Indian journal of veterinary science and animal husbandry - Volume 12,
Year: 1942
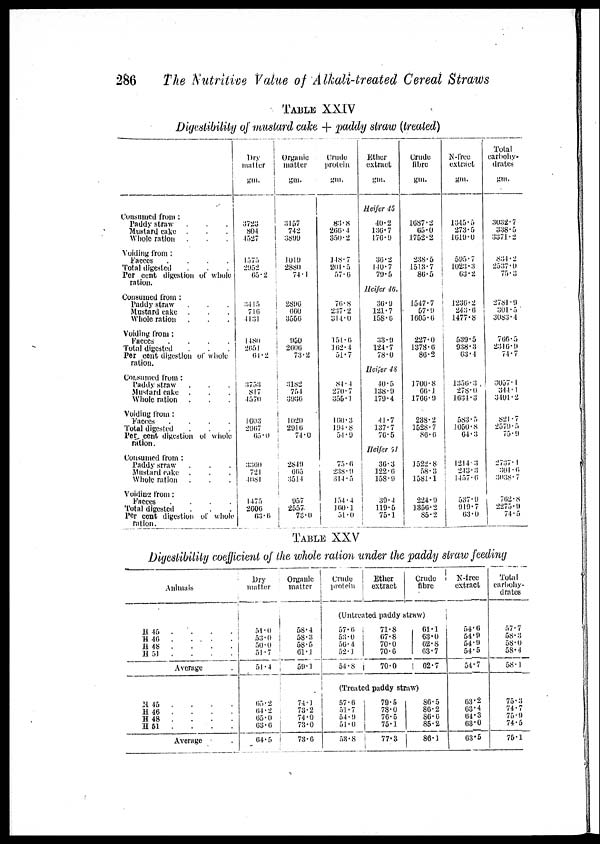
286
The Nutritive Value of Alkali-treated Cereal Straws
TABLE XXIV
Digestibility of mustard cake + paddy straw (treated)
Consumed from :
Paddy straw . . .
Mustard cake . . .
Whole ration . . .
Voiding from :
Faeces
.
.
.
.
Total digested . . .
Per cent digestion of whole
ration.
Consumed from :
Paddy straw . . .
Mustard cake . . .
Whole ration . . .
Voiding from :
Faeces
.
.
.
.
Total digested . . .
Per cent digestion of whole
ration.
Consumed from :
Paddy straw . . .
Mustard cake . . .
Whole ration . . .
Voiding from :
Faeces
.
.
.
.
Total digested . . .
Per cent digestion of whole
ration.
Consumed from :
Paddy srraw . . .
Mustard cake . . .
Whole ration . . .
Voiding from :
Faeces
.
.
.
.
Total digested . . .
Per cent digestion of whole
ration.
Dry
matter
gm.
3723
804
4527
1575
2952
65.2
3415
716
4131
1480
2651
64.2
3753
817
4570
1603
2967 65.0
3360
721
4081
1475
2606
63.6
Organic
matter
gm.
3157 742
3899
1019
2880
74.1
2896
660
3556
950
2606
73.2
3182
754
3936
1020
2916
74.0
2849
665
3514
957
2557
73.0
Crude
protein
gm.
83.8
266.4
350.2
148.7
201.5
57.6
76.8
237.2
314.0
151.6
162.4
51.7
84.4
270.7
355.1
160.3
194. 8
54.9
75.6
238.9
314.5
154.4
160.1 51.0
Ether
extract
gm.
Heifer 45
40.2
136.7
176.9
30.2
140.7
79.5
Heifer 46.
36.9
121.7
158.6
33.9
124.7
78.0
Heifer 48
40.5
138.9
179.4
41.7
137.7
76.5
Heifer 51
36.3
122.6
158.9
39.4
119.5
75.1
Crude
fibre
gm.
1687.2
65.0
1752.2
238.5
1513.7
86.5
1547.7
57.9
1605.6
227.0
1378.6
86.2
1700.8
66.1
1766.9
238.2
1528.7
80.6
1522.8
58.3
1581.1
224.9
1356.2
85.2
N-free
extract
gm.
1345.5
273.5
1619.0
595.7
1023.3
63.2
1236.2
243.6
1477.8
539.5
938.3
63.4
1356.3
278.0
1634.3
583.5
1050.8
64.3
1214.3
243.3
1457.6
537.9
919.7
63.0
Total
carbohy-
drates
gm.
3032.7
338.5
3371.2
834.2
2537.0
75.3
2781.9
301.5
3083.4
766.5
2316.9
74.7
3057.1
344.1
3401.2
821.7
2579.5
75.9
2737.1
301.6
3038.7
762.8
2275.9
74.5
TABLE XXV
Digestibility coefficient of the whole ration under the paddy straw feeding
Animals
H 45 . . . .
H 46
.
.
.
.
H 48 . . . .
H 51 . . . .
Average
H 45
. . . .
H 46
. . . .
H 48 . . . .
H 51
. . . .
Average .
Dry
matter
51.0
53.0
50.0
51.7
51.4
65.2
64.2
65.0
63.6
64.5
Organic
matter
58.4
58.3
58.5
61.1
59.1
74.1
73.2
74.0
73.0
73.6
Crude
protein
Ether
extract
Crude
fibre
(Untreated paddy straw)
57.6
53.0
56.4
52.1
54.8
71.8
67.8
70.0
70.6
70.0
61.1
63.0
62.8
63.7
62.7
(Treated paddy straw)
57.6
51.7
54.9
51.0
53.8
79.5
78.0
76.5
75.1
77.3
86.5
86.2
86.6
85.2
86.1
N-frcc
extract
54.6
54.9
54.9
54.5
54.7
63.2
63.4
64.3
63.0
63.5
Total
carbohy-
drates
57.7
58.3
58.0
58.4
58.1
75.3
74.7
75.9
74.5
75.1